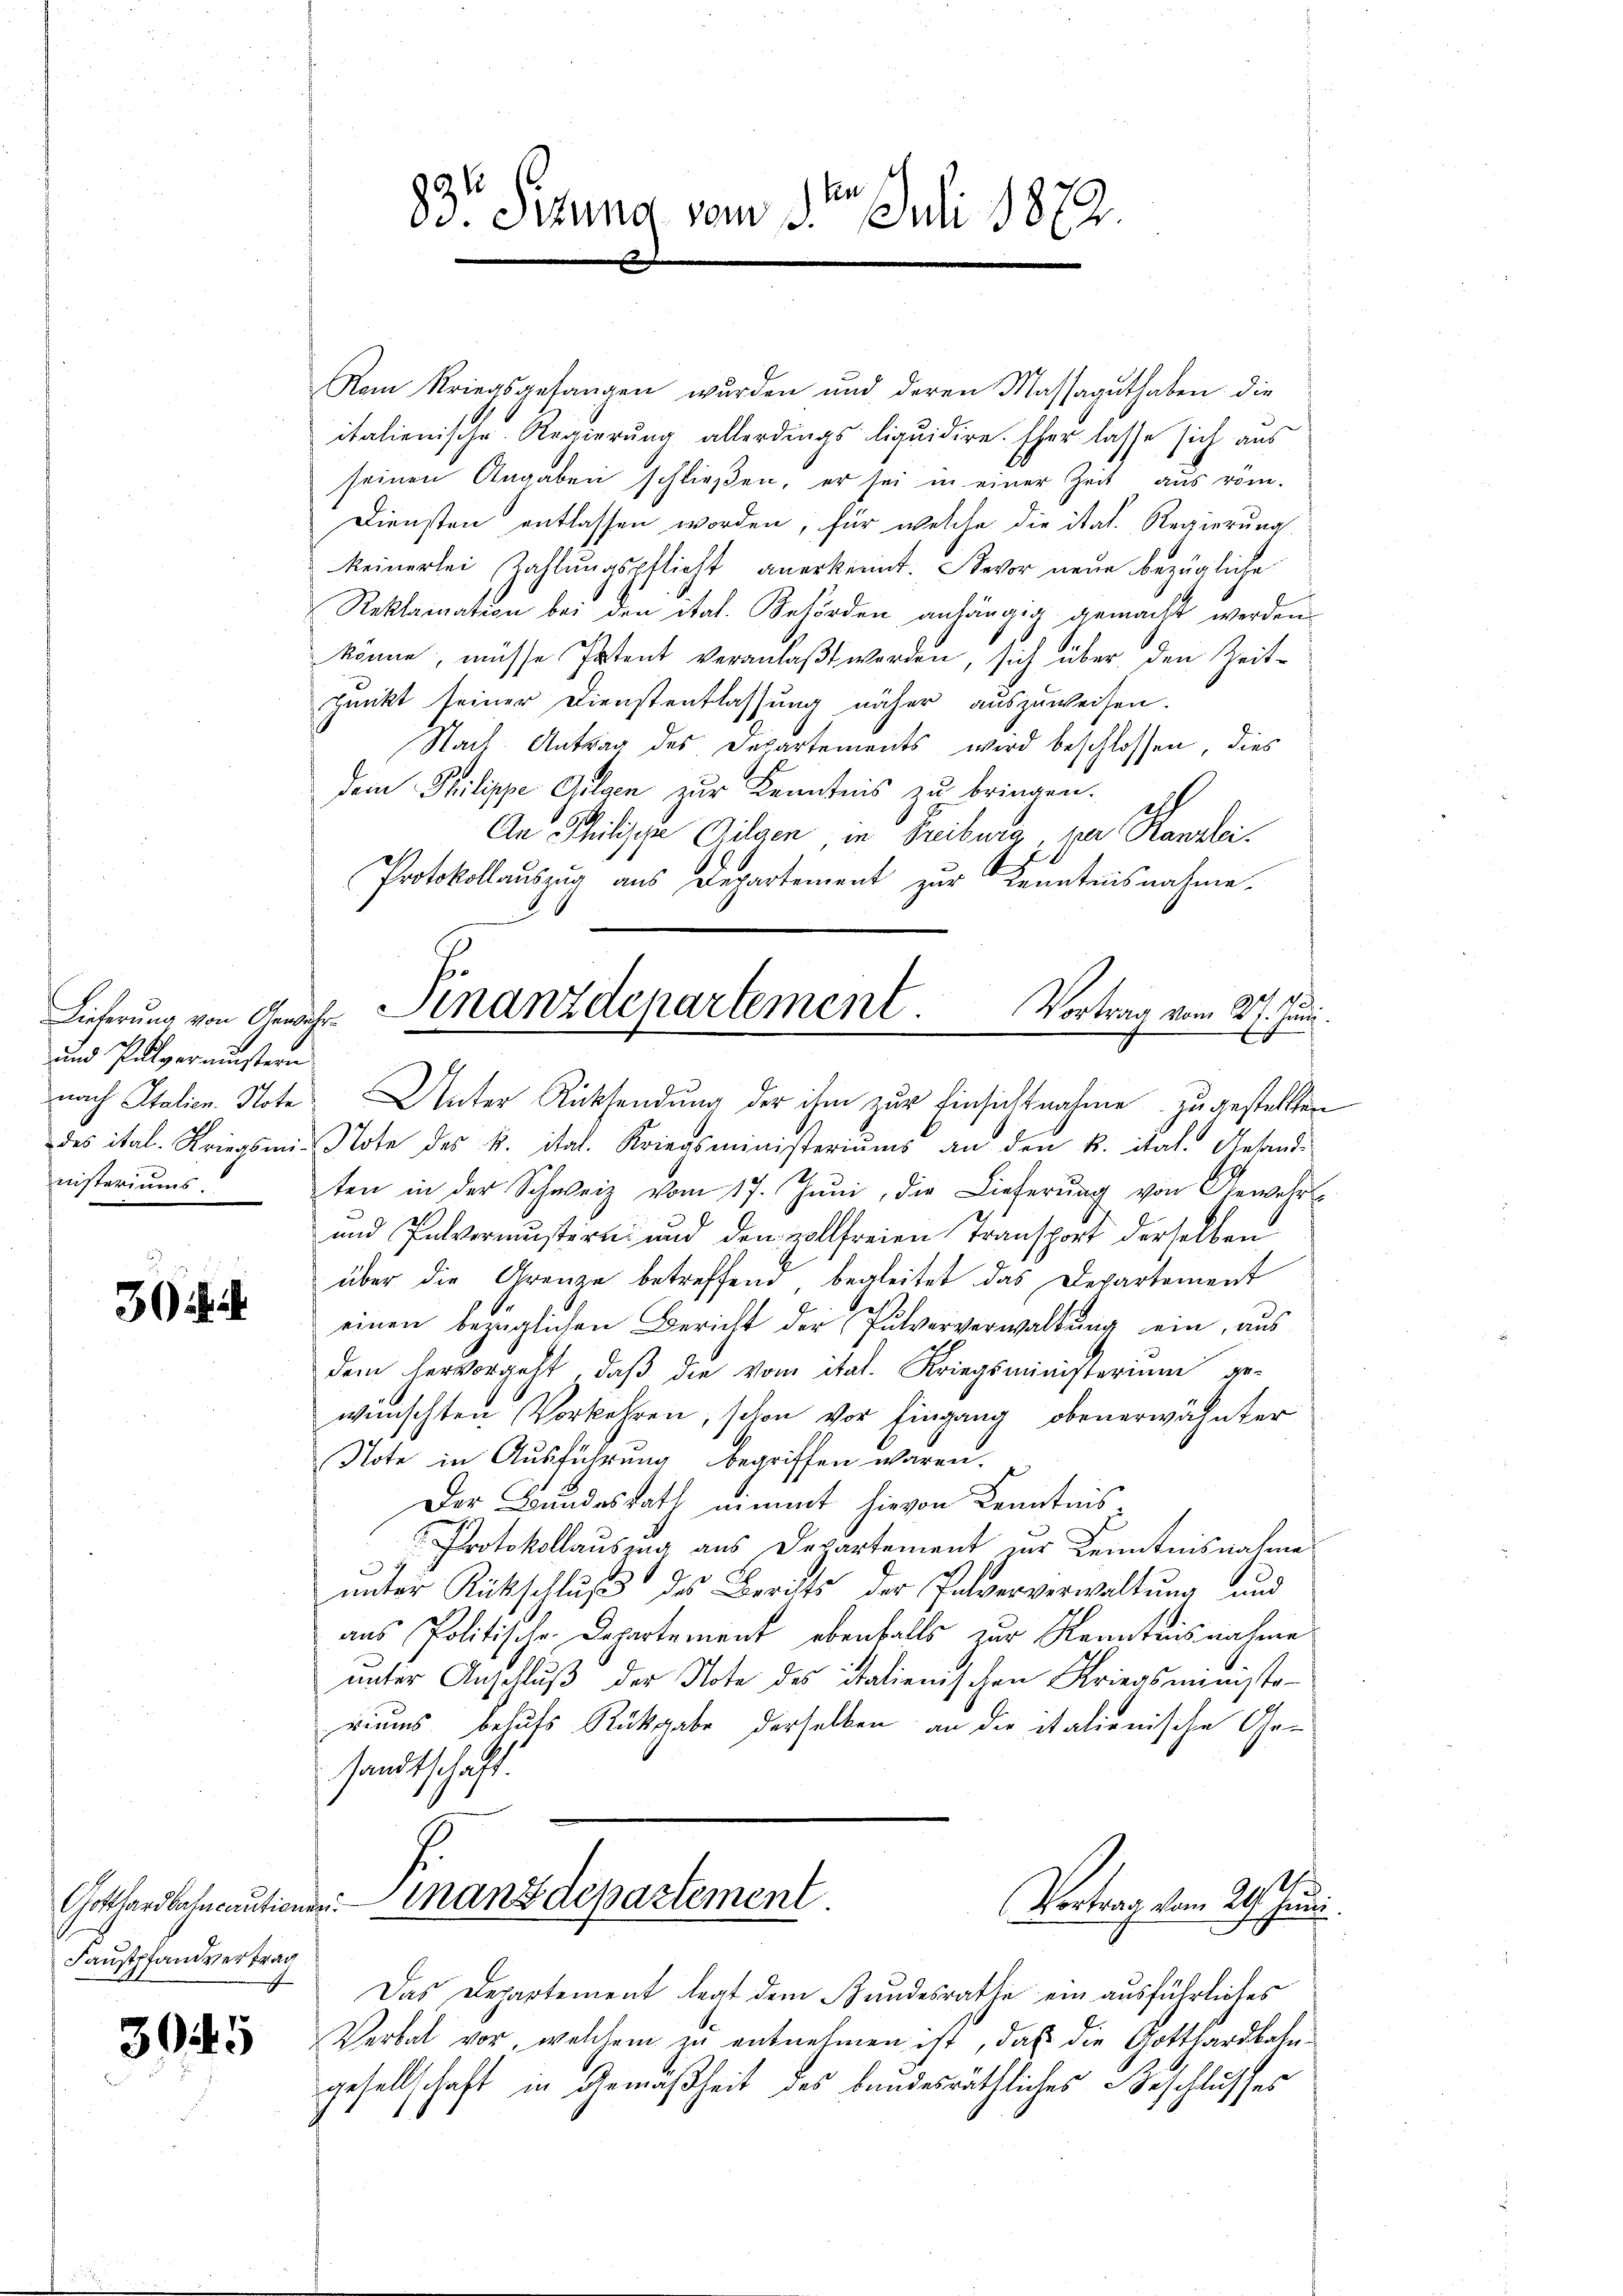
und Pulverminstern
nisteriums

3

Gotthardbahncautionsri
Faustpfandvertrag
.

3045

Rom Kriegsgefangen wurden und deren Massaguthaben die
italienische Regierung allerdings liquidire. Eher lasse sich aus
seinen Angaben schließen, er sei in einer Zeit aus röm.
Diensten entlassen worden, für welche die ital. Regierung
keinerlei Zahlungspflicht anerkennt. Bevor neue bezügliche
Reklamation bei den ital. Behörden anhängig gemacht werden.
könne, müsse Patent veranlaßt werden, sich über den Zeitpunkt seiner Dienstentlassung näher auszuweisen.
Nach Antrag des Departements wird beschlossen, dies
dem Philippe Gelden zur Kenntnis zu bringen.
2
An Philische Gilgen in Freiburg per Kanzlei.
Protokollauszug aus Departement zur Kenntnisnahme.
Vortrag vom 31. Juni.
x
nach Italien. Note Unter Rücksendung der ihm zur Einsichtnahme zugestellten
des ital. Kriegsmi tote des k. ital. Kriegsministeriums an den k. ital. Gesand-
ten in der Schweiz vom 17. Jŭni, die Lieferŭng von Gewehr-
und Pulvermustern und den vollfreien Transport derselben
über die Grenze betreffend, begleitet das Departement
einen bezüglichen Bericht der Pulververwaltung ein, aus
dem hervorgeht, daβ die vom ital. Kriegsministerium ge-
wünschten Vorkehren, schon vor Eingang obenerwähnter
Note in Ausführung begriffen waren.
Der Bundes Rath nimmt hievon Kenntnis¬
Protokollausung aus Departement zur Kenntnisnahme
e
unter Rückschlŭβ des Berats der Palververwaltung und
aus Politischen Departement ebenfalls zur Kenntnisnahme
unter Anschluß der Note des Italienischen Kriegsministe-
riums behufs Rückgabe derselben an die italienische Gesandtschaft.
1
Finanzdepartement
Vortrag vom 24. Juni
Das Departement legt dem Bundesrathe ein ausführliches
Verbal vor, welchem zu entnehmen ist, daß die Gotthardbahngesellschaft in Gemäßheit des bundesräthliches Beschlusses

ten
83te Situng vom 3. Juli 1872.

Liecherŭng von Gewehr. Finanzdepartement
e